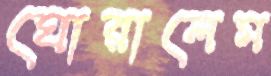
ঘোরালেম